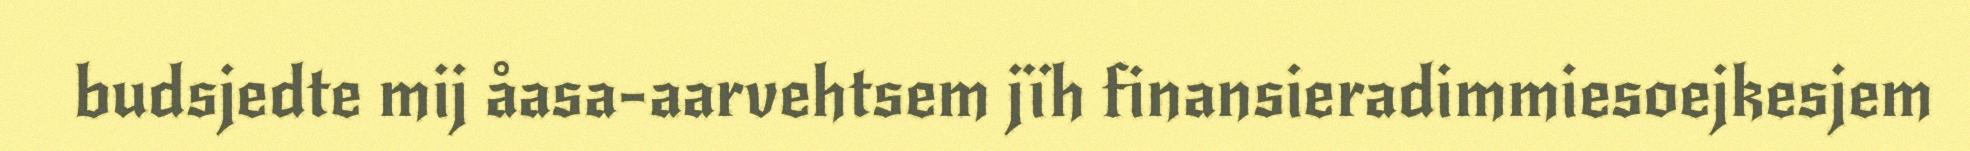
budsjedte mij åasa-aarvehtsem jïh finansieradimmiesoejkesjem